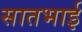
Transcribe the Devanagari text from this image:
सातभाई